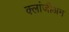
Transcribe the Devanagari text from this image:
क्लांजीअम